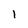
Character: 1